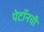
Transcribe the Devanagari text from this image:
पेटॉनची